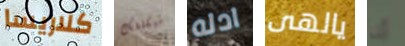
كلاريسا سيكلفك ادله يالهى أنه